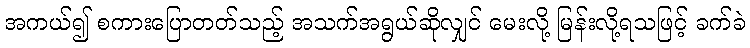
အကယ်၍ စကားပြောတတ်သည့် အသက်အရွယ်ဆိုလျှင် မေးလို့ မြန်းလို့ရသဖြင့် ခက်ခဲ